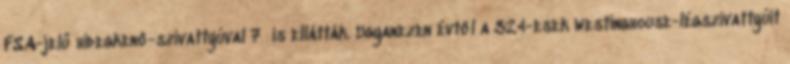
FSA-jelű hidegkenő-szivattyúval 7 is ellátták. Ugyanezen évtől a 324-esek Westinghouse-légszivattyúit